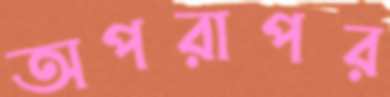
অপরাপর